Vaccination North-Western Provinces and Oudh 1878-1895 - 1878-1895
Year: 1878
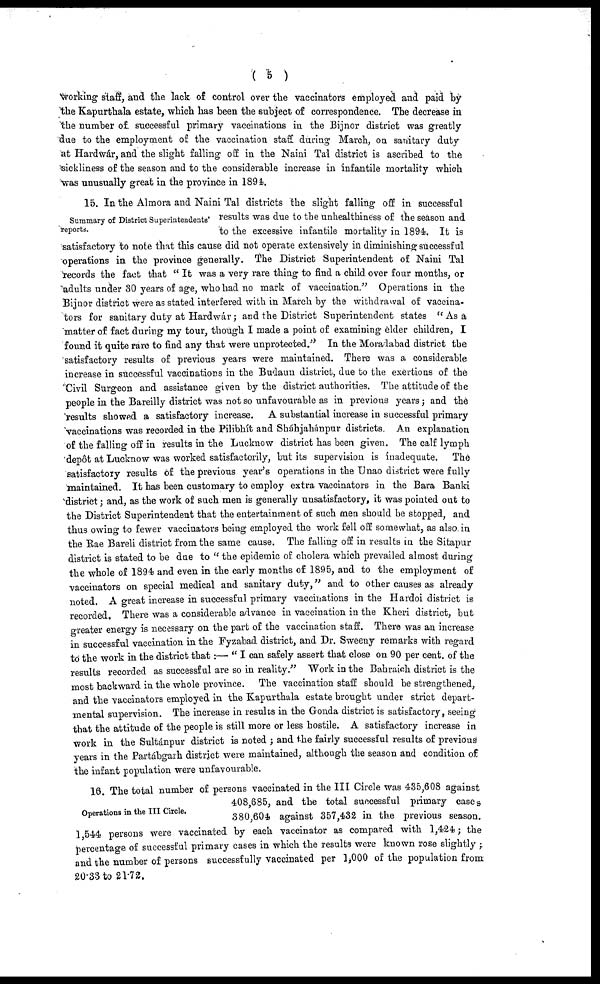
( 5 )
working staff, and the lack of control over the vaccinators employed and paid by
the Kapurthala estate, which has been the subject of correspondence. The decrease in
the number of successful primary vaccinations in the Bijnor district was greatly
due to the employment of the vaccination staff during March, on sanitary duty
at Hardwár, and the slight falling off in the Naini Tal district is ascribed to the
sickliness of the season and to the considerable increase in infantile mortality which
was unusually great in the province in 1894.
Summary of District Superintendents'
reports.
15. In the Almora and Naini Tal districts the slight falling off in successful
results was due to the unhealthiness of the season and
to the excessive infantile mortality in 1894. It is
satisfactory to note that this cause did not operate extensively in diminishing successful
operations in the province generally. The District Superintendent of Naini Tal
records the fact that " It was a very rare thing to find a child over four months, or
adults under 30 years of age, who had no mark of vaccination." Operations in the
Bijnor district were as stated interfered with in March by the withdrawal of vaccina-
tors for sanitary duty at Hardwár; and the District Superintendent states " As a
matter of fact during my tour, though I made a point of examining elder children, I
found it quite rare to find any that were unprotected." In the Moradabad district the
satisfactory results of previous years were maintained. There was a considerable
increase in successful vaccinations in the Budaun district, due to the exertions of the
Civil Surgeon and assistance given by the district authorities. The attitude of the
people in the Bareilly district was not so unfavourable as in previous years; and the
results showed a satisfactory increase. A substantial increase in successful primary
vaccinations was recorded in the Pilibhít and Sháhjahánpur districts. An explanation
of the falling off in results in the Lucknow district has been given. The calf lymph
depôt at Lucknow was worked satisfactorily, but its supervision is inadequate. The
satisfactory results of the previous year's operations in the Unao district were fully
maintained. It has been customary to employ extra vaccinators in the Bara Banki
district; and, as the work of such men is generally unsatisfactory, it was pointed out to
the District Superintendent that the entertainment of such men should be stopped, and
thus owing to fewer vaccinators being employed the work fell off somewhat, as also in
the Rae Bareli district from the same cause. The falling off in results in the Sitapur
district is stated to be due to " the epidemic of cholera which prevailed almost during
the whole of 1894 and even in the early months of 1895, and to the employment of
vaccinators on special medical and sanitary duty," and to other causes as already
noted. A great increase in successful primary vaccinations in the Hardoi district is
recorded. There was a considerable advance in vaccination in the Kheri district, but
greater energy is necessary on the part of the vaccination staff. There was an increase
in successful vaccination in the Fyzabad district, and Dr. Sweeny remarks with regard
to the work in the district that:— " I can safely assert that close on 90 per cent. of the
results recorded as successful are so in reality." Work in the Bahraich district is the
most backward in the whole province. The vaccination staff should be strengthened,
and the vaccinators employed in the Kapurthala estate brought under strict depart-
mental supervision. The increase in results in the Gonda district is satisfactory, seeing
that the attitude of the people is still more or less hostile. A satisfactory increase in
work in the Sultánpur district is noted ; and the fairly successful results of previous
years in the Partábgarh district were maintained, although the season and condition of
the infant population were unfavourable.
Operations in the III Circle.
16. The total number of persons vaccinated in the III Circle was 435,608 against
408,685, and the total successful primary cases
380,604 against 357,432 in the previous season.
1,544 persons were vaccinated by each vaccinator as compared with 1,424; the
percentage of successful primary cases in which the results were known rose slightly ;
and the number of persons successfully vaccinated per 1,000 of the population from
20.33 to 21.72.